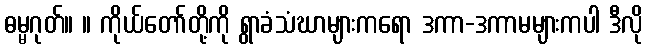
ဓမ္မဂုတ်။ ။ ကိုယ်တော်တို့ကို ရွာခံသံဃာများကရော ဒကာ-ဒကာမများကပါ ဒီလို